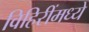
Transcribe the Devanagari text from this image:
विहिरींमध्ये